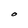
Character: O